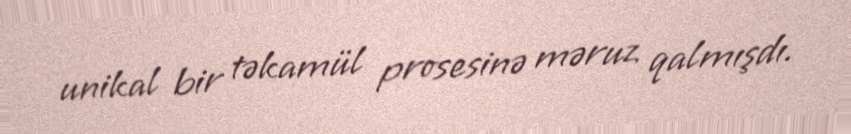
unikal bir təkamül prosesinə məruz qalmışdı.